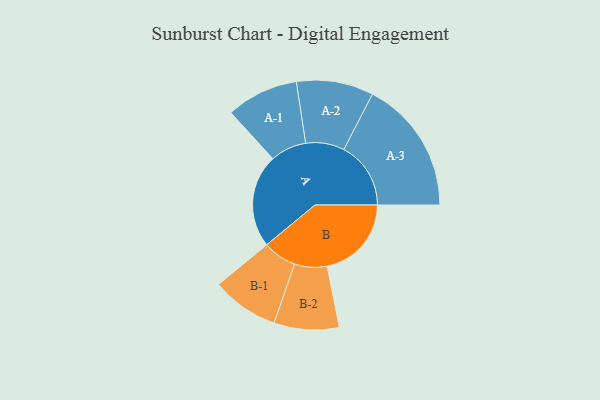
{"axis": {"x": "Segment", "y": "Value"}, "legend": ["", "A", "B"], "data": [{"x": "A", "y": 416, "type": ""}, {"x": "B", "y": 376, "type": ""}, {"x": "A-1", "y": 161, "type": "A"}, {"x": "A-2", "y": 172, "type": "A"}, {"x": "A-3", "y": 299, "type": "A"}, {"x": "B-1", "y": 150, "type": "B"}, {"x": "B-2", "y": 145, "type": "B"}]}